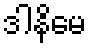
ဒါနိမေ